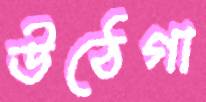
উঠেগা